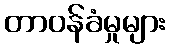
တာဝန်ခံမှုများ